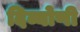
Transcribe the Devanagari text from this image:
दिव्योणी